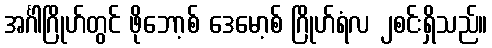
အင်္ဂါဂြိုဟ်တွင် ဖိုဘော့စ် ဒေမော့စ် ဂြိုဟ်ရံလ ၂စင်းရှိသည်။